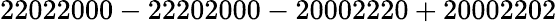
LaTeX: \mathrm{22022000-22202000-20002220+20002202}